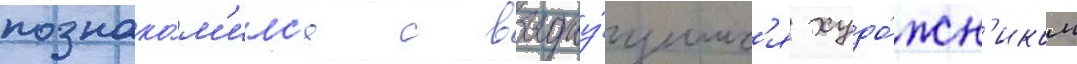
познако́м'илс'я с выдау́щимс'я худо́жн'иком